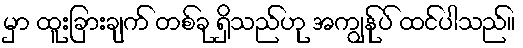
မှာ ထူးခြားချက် တစ်ခု ရှိသည်ဟု အကျွန်ုပ် ထင်ပါသည်။